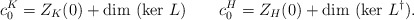
\begin{align*}c_{0}^{K} = Z_{K}(0) + \mbox{dim }(\mbox{ker } L) \qquad c_{0}^{H} = Z_{H}(0) + \mbox{dim }(\mbox{ker } L^{\dag}).\end{align*}